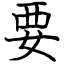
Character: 要